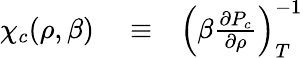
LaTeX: \begin{array}{rlr}{\chi_{c}(\rho,\beta)}&{{}\equiv}&{\left(\beta\frac{\partial P_{c}}{\partial\rho}\right)_{T}^{-1}}\end{array}